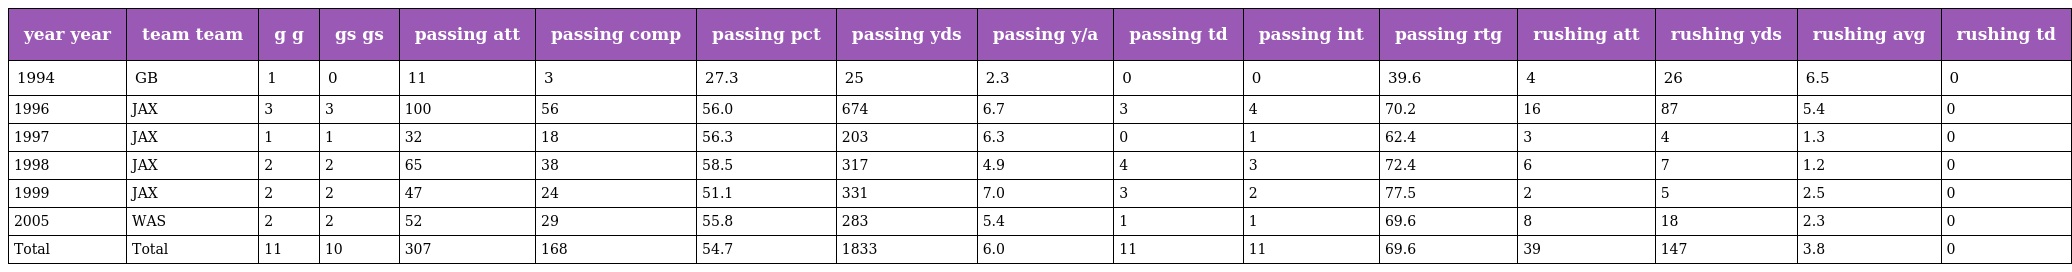
| year year | team team | g g | gs gs | passing att | passing comp | passing pct | passing yds | passing y/a | passing td | passing int | passing rtg | rushing att | rushing yds | rushing avg | rushing td |
 | --- | --- | --- | --- | --- | --- | --- | --- | --- | --- | --- | --- | --- | --- | --- | --- |
 | 1994 | GB | 1 | 0 | 11 | 3 | 27.3 | 25 | 2.3 | 0 | 0 | 39.6 | 4 | 26 | 6.5 | 0 |
 | 1996 | JAX | 3 | 3 | 100 | 56 | 56.0 | 674 | 6.7 | 3 | 4 | 70.2 | 16 | 87 | 5.4 | 0 |
 | 1997 | JAX | 1 | 1 | 32 | 18 | 56.3 | 203 | 6.3 | 0 | 1 | 62.4 | 3 | 4 | 1.3 | 0 |
 | 1998 | JAX | 2 | 2 | 65 | 38 | 58.5 | 317 | 4.9 | 4 | 3 | 72.4 | 6 | 7 | 1.2 | 0 |
 | 1999 | JAX | 2 | 2 | 47 | 24 | 51.1 | 331 | 7.0 | 3 | 2 | 77.5 | 2 | 5 | 2.5 | 0 |
 | 2005 | WAS | 2 | 2 | 52 | 29 | 55.8 | 283 | 5.4 | 1 | 1 | 69.6 | 8 | 18 | 2.3 | 0 |
 | Total | Total | 11 | 10 | 307 | 168 | 54.7 | 1833 | 6.0 | 11 | 11 | 69.6 | 39 | 147 | 3.8 | 0 |